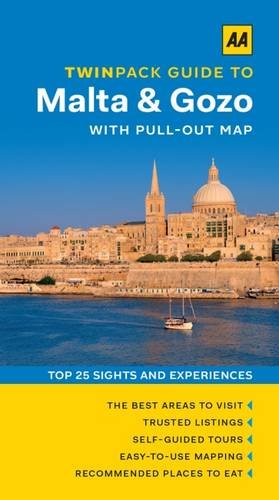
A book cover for AA Twinpack Guide to Malta & Gozo; AA Publishing; Travel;